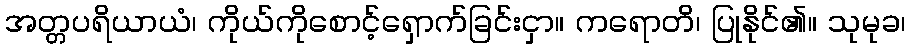
အတ္တပရိယာယံ၊ ကိုယ်ကိုစောင့်ရှောက်ခြင်းငှာ။ ကရောတိ၊ ပြုနိုင်၏။ သုမုခ၊